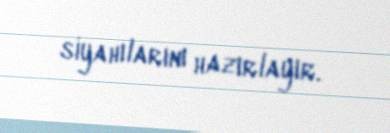
siyahılarını hazırlayır.